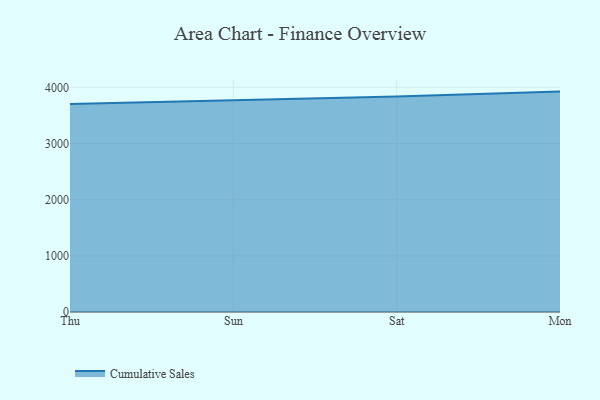
{"axis": {"x": "Day", "y": "LTV (USD)"}, "legend": ["Cumulative Sales"], "data": [{"x": "Thu", "y": 3704.2, "type": "Cumulative Sales"}, {"x": "Sun", "y": 3770.2, "type": "Cumulative Sales"}, {"x": "Sat", "y": 3835.7, "type": "Cumulative Sales"}, {"x": "Mon", "y": 3923.7, "type": "Cumulative Sales"}]}